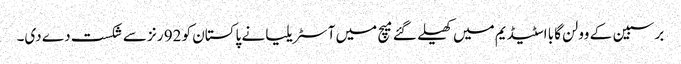
برسبین کے وولن گابا اسٹیڈیم میں کھیلے گئے میچ میں آسٹریلیا نے پاکستان کو 92 رنز سے شکست دے دی۔